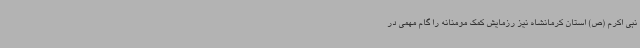
نبی اکرم (ص) استان کرمانشاه نیز رزمایش کمک مومنانه را گام مهمی در